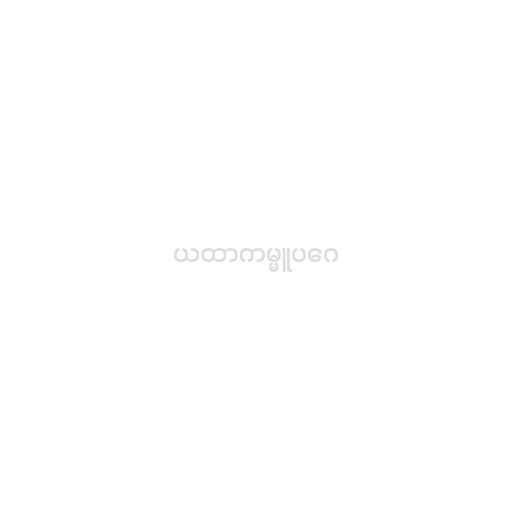
ယထာကမ္မူပဂေ